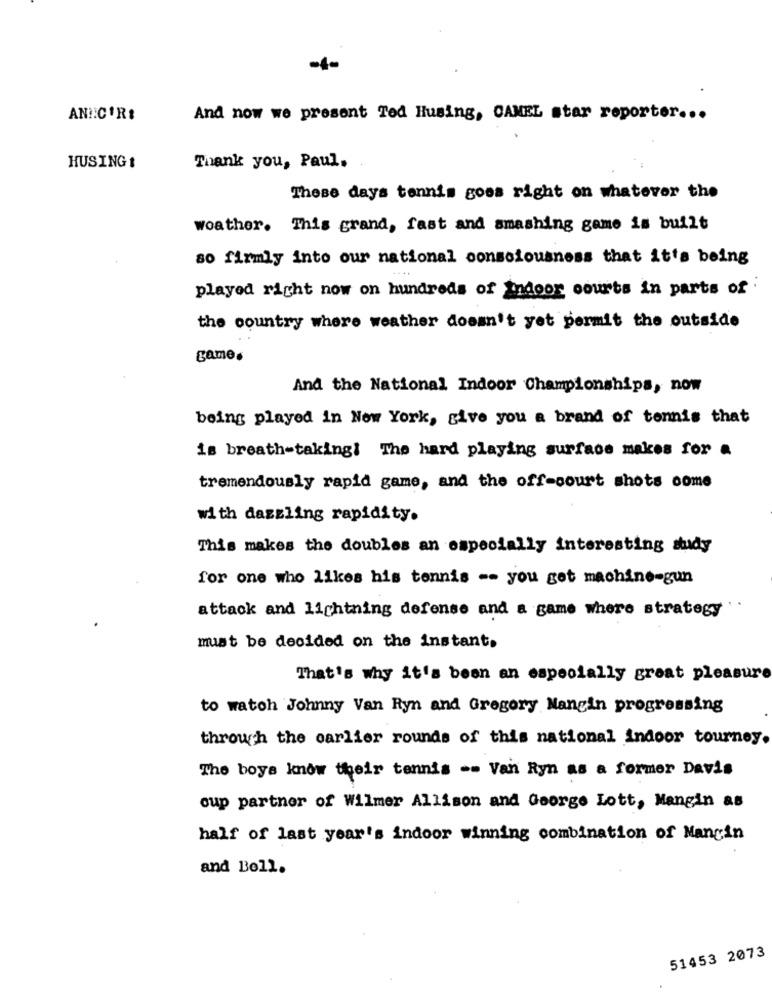
-4
ANNCIR:
And now we present Ted Husing, CAMEL star reporter ...
HUSING :
Thank you, Paul,
These days tennis goes right on whatever the
woather. This grand, fast and smashing game is built
80 firmly into our national consciousness that it's being
played right now on hundreds of indoor courts in parts of
the country where weather doesn't yet permit the outside
game.
And the National Indoor Championships, now
being played in New York, give you a brand of tennis that
is breath-taking! The hard playing surface makes for .
tremendously rapid game, and the off-court shots come
with dazzling rapidity.
This makes the doubles an especially interesting study
for one who likes his tennis -- you get machine-gun
attack and lightning defense and a game where strategy
must be decided on the instant,
That's why it's been an especially great pleasure
to watch Johnny Van Ryn and Gregory Nangin progressing
through the carlier rounds of this national indoor tourney.
The boys know their tennis -- Van Ryn as a former Davis
cup partner of Wilmer Allison and George Lott, Mangin as
half of last year's indoor winning combination of Mangin
and Boll.
51453 2073